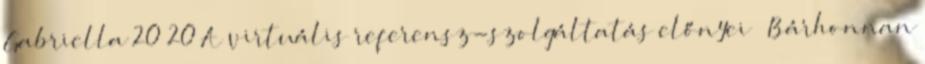
Gabriella 20 20 A virtuális referensz-szolgáltatás előnyei  Bárhonnan